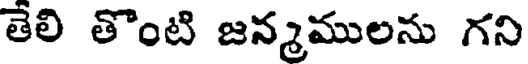
తెలి తొంటి జన్మములను గని